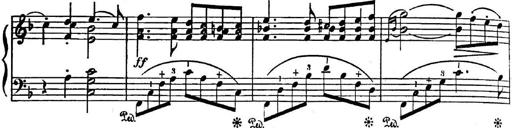
Title: 2 Sonatinas, Op.8
Composer: Hermann Goetz